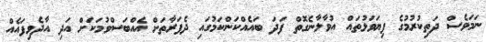
ނަމަވެސް ދަތިކުރުމުގެ ފިޔަވަޅުތައް އުވާލާނެގޮތް ފަދަ ބައެއްކަންކަމުގައި ދެފަރާތަށް އެއްބަސްވުމަކަށް އަދި އާދެވިފައެއް